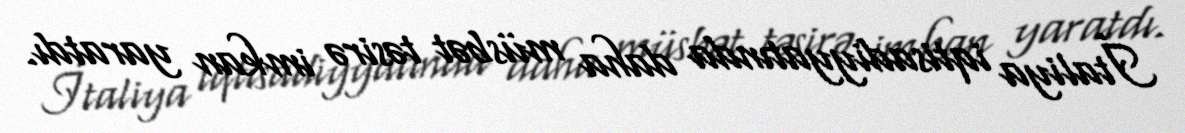
İtaliya iqtisadiyyatında daha müsbət təsirə imkan yaratdı.